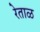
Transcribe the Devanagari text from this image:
रेताळ